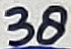
Text: 38